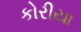
કોરીયા